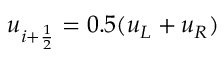
u _ { i + \frac { 1 } { 2 } } = 0 . 5 ( u _ { L } + u _ { R } )